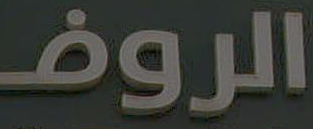
الروف